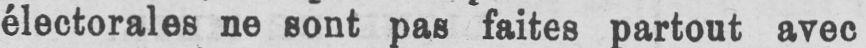
électorales ne sont pas faites partout avec